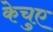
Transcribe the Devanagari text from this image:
केचुए